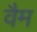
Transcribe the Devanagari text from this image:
वैम